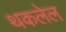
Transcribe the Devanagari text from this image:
थकलेल